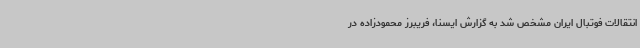
انتقالات فوتبال ایران مشخص شد به گزارش ایسنا، فریبرز محمودزاده در